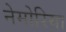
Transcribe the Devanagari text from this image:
नेमोरिया